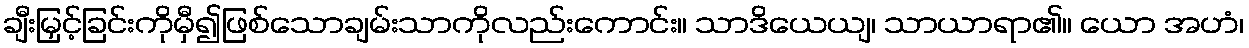
ချီးမြှင့်ခြင်းကိုမှီ၍ဖြစ်သောချမ်းသာကိုလည်းကောင်း။ သာဒိယေယျ၊ သာယာရာ၏။ ယော အဟံ၊